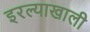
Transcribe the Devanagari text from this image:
इरल्याखाली